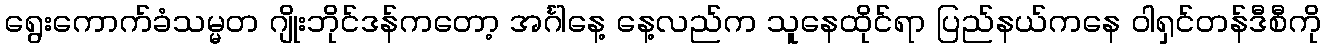
ရွေးကောက်ခံသမ္မတ ဂျိုးဘိုင်ဒန်ကတော့ အင်္ဂါနေ့ နေ့လည်က သူနေထိုင်ရာ ပြည်နယ်ကနေ ဝါရှင်တန်ဒီစီကို